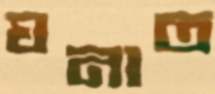
ঘনাত